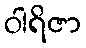
ဝါရိဇာ